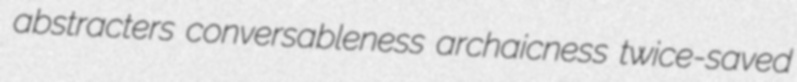
abstracters conversableness archaicness twice-saved